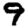
Digit: 9